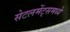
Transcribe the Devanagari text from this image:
सेटलमेंट्‌समध्ये